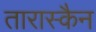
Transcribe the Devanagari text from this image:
तारास्कैन